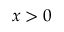
x > 0